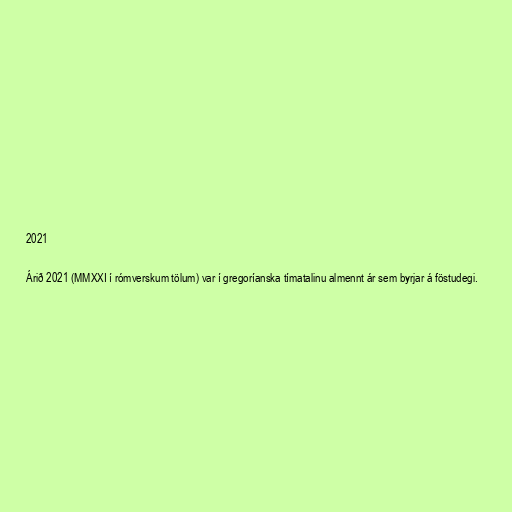
2021

Árið 2021 (MMXXI í rómverskum tölum) var í gregoríanska tímatalinu almennt ár sem byrjar á föstudegi.